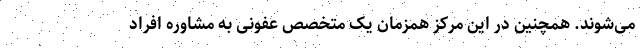
می‌شوند. همچنین در این مرکز همزمان یک متخصص عفونی به مشاوره افراد